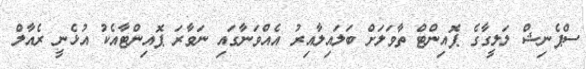
ސްޕެނިޝް ލަލީގާގެ ޕޮއިންޓް ތާވަލަށް ބަލައިލާއިރު އެއްވަނާގައި ނަވާރަ ޕޮއިންޓާއެކު އުޅެނީ ރެއާލް